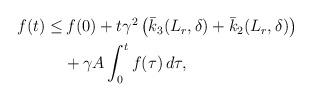
LaTeX: \begin{align*}\begin{aligned}f(t) \le&\, f(0)+ t \gamma^2\left(\bar{k}_3(L_r,\delta)+\bar{k}_2(L_r,\delta) \right) \\&+ \gamma A\int_0^t f(\tau)\,d\tau,\end{aligned}\end{align*}